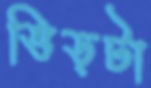
ভিড়টা